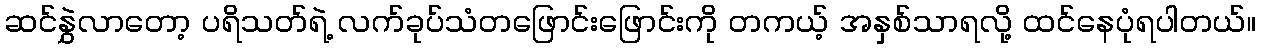
ဆင်နွှဲလာတော့ ပရိသတ်ရဲ့ လက်ခုပ်သံတဖြောင်းဖြောင်းကို တကယ့် အနှစ်သာရလို့ ထင်နေပုံရပါတယ်။